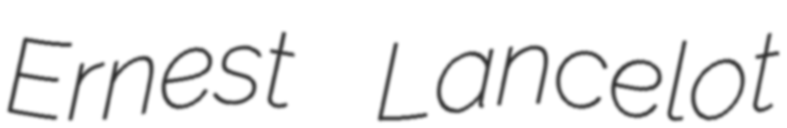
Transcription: Ernest Lancelot